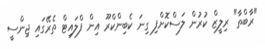
"ރާބްތާ" ރިލީޒް ކުރުން ލަސްކޮށްފި ގިނަ ކެބިންކްރޫ އިން ފްލައިޓް ތެރޭގައި ޖިންސީ